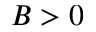
B > 0